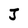
Character: J